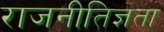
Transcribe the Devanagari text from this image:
राजनीतिज्ञता